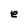
Character: e